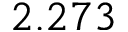
2 . 2 7 3